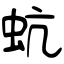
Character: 蚢